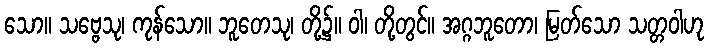
သော။ သဗ္ဗေသု၊ ကုန်သော။ ဘူတေသု၊ တို့၌။ ဝါ၊ တို့တွင်။ အဂ္ဂဘူတော၊ မြတ်သော သတ္တဝါဟု